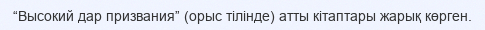
“Высокий дар призвания” (орыс тілінде) атты кітаптары жарық көрген.